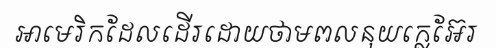
អាមេរិកដែលដើរដោយថាមពលនុយក្លេអ៊ែរ